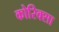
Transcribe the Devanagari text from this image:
कोरिक्सा